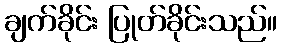
ချက်ခိုင်း ပြုတ်ခိုင်းသည်။